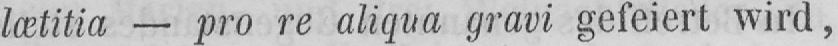
lætitia - pro re aliqua gravi gefeiert wird,